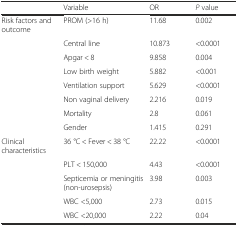
<table><thead><tr><td></td><td><b>Variable</b></td><td><b>OR</b></td><td><b><i>P</i> value</b></td></tr></thead><tbody><tr><td>Risk factors and outcome</td><td>PROM (&gt;16 h)</td><td>11.68</td><td>0.002</td></tr><tr><td></td><td>Central line</td><td>10.873</td><td>&lt;0.0001</td></tr><tr><td></td><td>Apgar &lt; 8</td><td>9.858</td><td>0.004</td></tr><tr><td></td><td>Low birth weight</td><td>5.882</td><td>&lt;0.001</td></tr><tr><td></td><td>Ventilation support</td><td>5.629</td><td>&lt;0.0001</td></tr><tr><td></td><td>Non vaginal delivery</td><td>2.216</td><td>0.019</td></tr><tr><td></td><td>Mortality</td><td>2.8</td><td>0.061</td></tr><tr><td></td><td>Gender</td><td>1.415</td><td>0.291</td></tr><tr><td>Clinical characteristics</td><td>36 °C &lt; Fever &lt; 38 °C</td><td>22.22</td><td>&lt;0.0001</td></tr><tr><td></td><td>PLT &lt; 150,000</td><td>4.43</td><td>&lt;0.0001</td></tr><tr><td></td><td>Septicemia or meningitis (non-urosepsis)</td><td>3.98</td><td>0.003</td></tr><tr><td></td><td>WBC &lt;5,000</td><td>2.73</td><td>0.015</td></tr><tr><td></td><td>WBC &lt;20,000</td><td>2.22</td><td>0.04</td></tr></tbody></table>